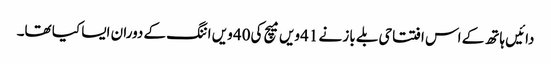
دائیں ہاتھ کے اس افتتاحی بلے باز نے 41ویں میچ کی40 ویں اننگ کے دوران ایسا کیا تھا۔